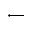
\longleftarrow